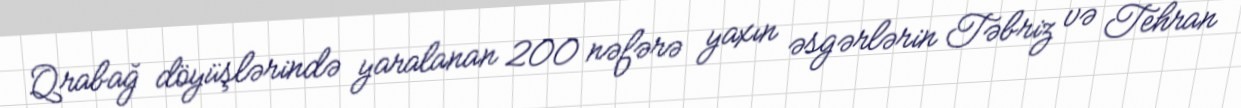
Qrabağ döyüşlərində yaralanan 200 nəfərə yaxın əsgərlərin Təbriz və Tehran